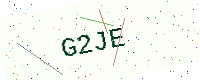
Text: G2JE